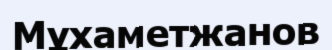
Мұхаметжанов